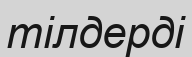
тілдерді